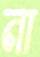
না